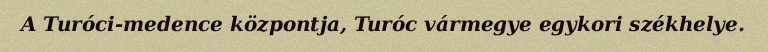
A Turóci-medence központja, Turóc vármegye egykori székhelye.